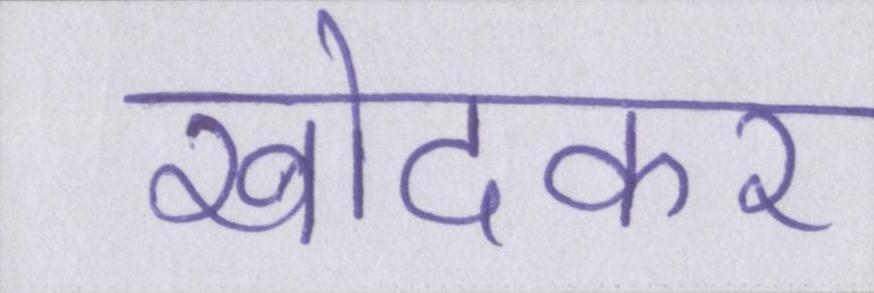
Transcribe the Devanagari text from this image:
खोदकर